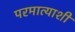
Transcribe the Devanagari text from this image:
परमात्याशी